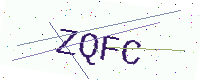
Text: ZQFC